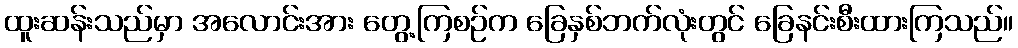
ထူးဆန်းသည်မှာ အလောင်းအား တွေ့ကြစဉ်က ခြေနှစ်ဘက်လုံးတွင် ခြေနင်းစီးထားကြသည်။